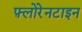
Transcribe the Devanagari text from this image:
फ़्लोरेनटाइन